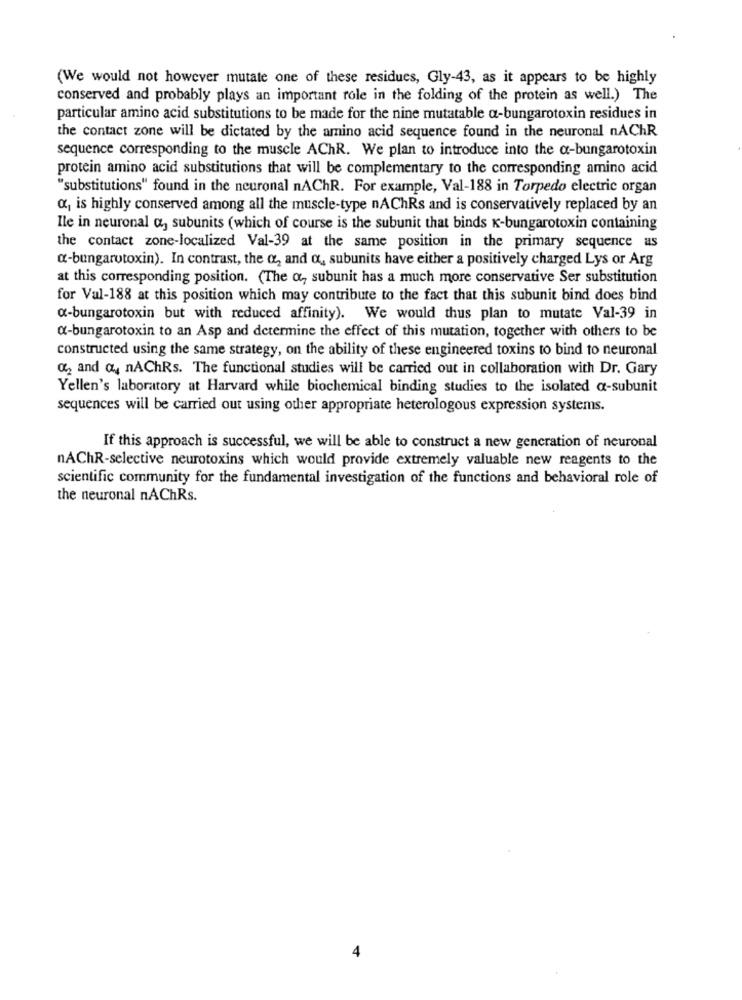
(We would not however mutate one of these residues, Gly-43, as it appears to be highly
conserved and probably plays an important role in the folding of the protein as well.) The
particular amino acid substitutions to be made for the nine mutatable a-bungarotoxin residues in
the contact zone will be dictated by the amino acid sequence found in the neuronal nAChR
sequence corresponding to the muscle AChR. We plan to introduce into the a-bungarotoxin
protein amino acid substitutions that will be complementary to the corresponding amino acid
"substitutions" found in the neuronal nAChR. For example, Val-188 in Torpedo electric organ
«, is highly conserved among all the muscle-type nAChRs and is conservatively replaced by an
Ile in neuronal a, subunits (which of course is the subunit that binds K-bungarotoxin containing
the contact zone-localized Val-39 at the same position in the primary sequence as
a-bungarotoxin). In contrast, the &, and o, subunits have either a positively charged Lys or Arg
at this corresponding position. (The a, subunit has a much more conservative Ser substitution
for Val-188 at this position which may contribute to the fact that this subunit bind does bind
«-bungarotoxin but with reduced affinity). We would thus plan to mutate Val-39 in
a-bungarotoxin to an Asp and determine the effect of this mutation, together with others to be
constructed using the same strategy, on the ability of these engineered toxins to bind to neuronal
"2 and o nAChRs. The functional studies will be carried out in collaboration with Dr. Gary
Yellen's laboratory at Harvard while biochemical binding studies to the isolated a-subunit
sequences will be carried out using other appropriate heterologous expression systems.
If this approach is successful, we will be able to construct a new generation of neuronal
nAChR-selective neurotoxins which would provide extremely valuable new reagents to the
scientific community for the fundamental investigation of the functions and behavioral role of
the neuronal nAChRs.